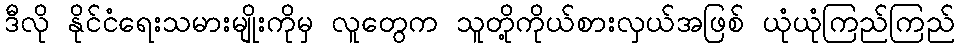
ဒီလို နိုင်ငံရေးသမားမျိုးကိုမှ လူတွေက သူတို့ကိုယ်စားလှယ်အဖြစ် ယုံယုံကြည်ကြည်